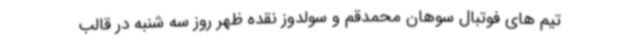
تیم های فوتبال سوهان محمدقم و سولدوز نقده ظهر روز سه شنبه در قالب